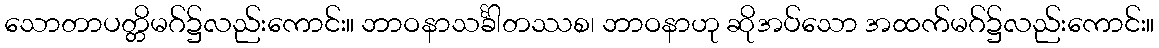
သောတာပတ္တိမဂ်၌လည်းကောင်း။ ဘာဝနာသင်္ခါတဿစ၊ ဘာဝနာဟု ဆိုအပ်သော အထက်မဂ်၌လည်းကောင်း။